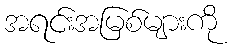
အရင်းအမြစ်များကို